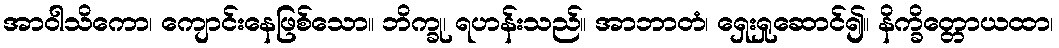
အာဝါသိကော၊ ကျောင်းနေဖြစ်သော။ ဘိက္ခု၊ ရဟန်းသည်။ အာဘာတံ၊ ရှေးရှုဆောင်၍။ နိက္ခိတ္တောယထာ၊